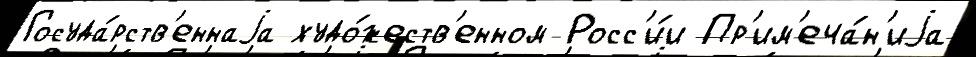
Госуда́рств'еннаjа худо́жеств'енном Росс'и́и Пр'им'еча́н'иjа